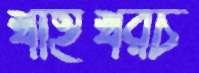
খাইখরচ